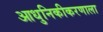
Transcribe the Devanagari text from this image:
आधुनिकीकरणाला